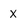
Character: X